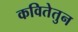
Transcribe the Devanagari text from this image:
कवितेतुन